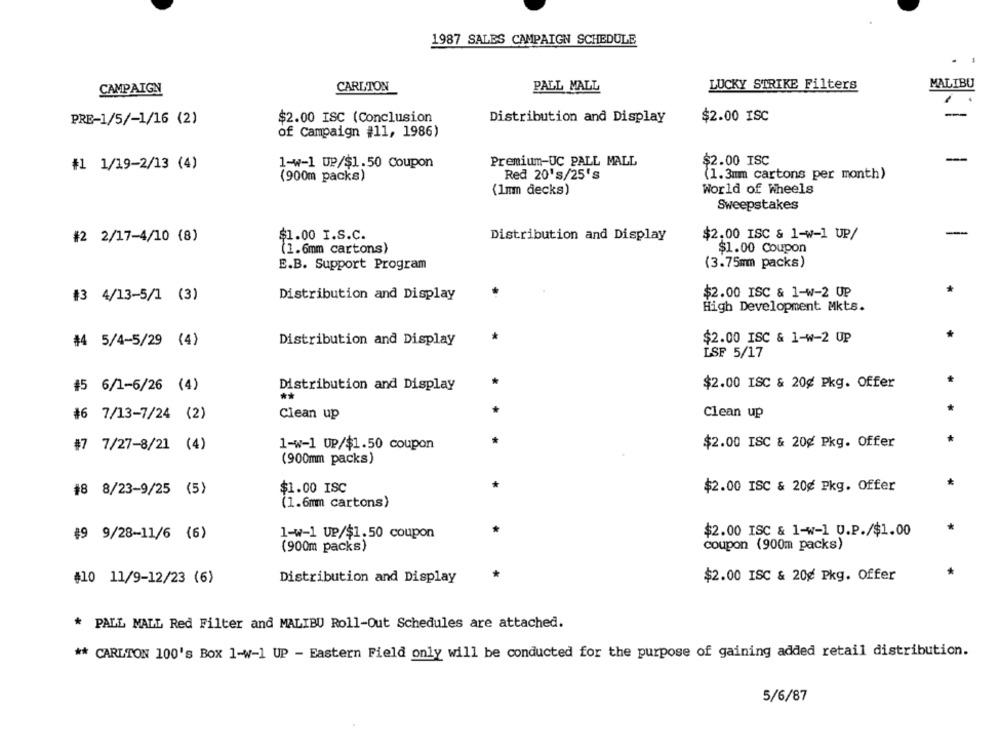
1987 SALES CAMPAIGN SCHEDULE
CAMPAIGN
CARLTON
PALL MALL
LUCKY STRIKE Filters
MALIBU
-
PRE-1/5/-1/16 (2)
$2.00 ISC (Conclusion
Distribution and Display
$2.00 ISC
of Campaign #11, 1986)
#1 1/19-2/13 (4)
1-w-1 UP/$1.50 Coupon
Premium-UC PALL MALL
$2.00 ISC
(900m packs)
Red 20's/25's
(1.3mm cartons per month)
(1mm decks)
World of Wheels
Sweepstakes
#2 2/17-4/10 (8)
$1.00 I.S.C.
Distribution and Display
$2.00 ISC & 1-w-1 UP/
(1.6mm cartons)
$1.00 Coupon
E.B. Support Program
(3.75mm packs)
#3 4/13-5/1 (3)
Distribution and Display
$2.00 ISC & 1-W-2 UP
High Development Mkts.
#4 5/4-5/29 (4)
Distribution and Display
$2.00 ISC & 1-W-2 UP
LSF 5/17
45 6/1-6/26 (4)
Distribution and Display
$2.00 ISC & 20g Pkg. Offer
#6 7/13-7/24 (2)
Clean up
Clean up
#7 7/27-8/21 (4)
1-w-1 UP/$1.50 coupon
$2.00 ISC & 20g Pkg. Offer
(900mm packs)
$2.00 ISC & 20g Pkg. Offer
#8 8/23-9/25 (5)
$1.00 ISC
(1.6mm cartons)
$2.00 ISC & 1-w-1 U.P./$1.00
#9 9/28-11/6 (6)
1-w-1 UP/$1.50 coupon
(900m packs)
coupon (900m packs)
$2.00 ISC & 20g Pkg. Offer
#10 11/9-12/23 (6)
Distribution and Display
* PALL MALL Red Filter and MALIBU Roll-Out Schedules are attached.
** CARLTON 100's Box 1-w-1 UP - Eastern Field only will be conducted for the purpose of gaining added retail distribution.
5/6/87